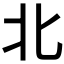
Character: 北